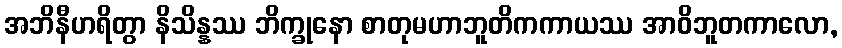
အဘိနီဟရိတွာ နိသိန္နဿ ဘိက္ခုနော စာတုမဟာဘူတိကကာယဿ အာဝိဘူတကာလော,